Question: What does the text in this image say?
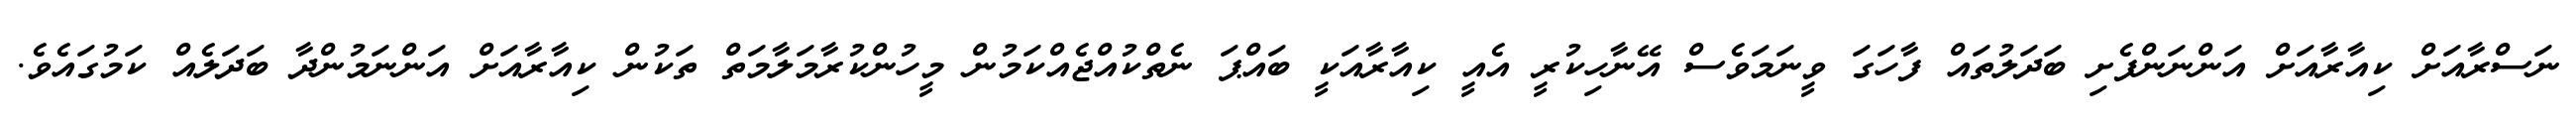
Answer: ނަސްރާއަށް ކިއާރާއަށް އަންނަންފެށި ބަދަލުތައް ފާހަގަ ވީނަމަވެސް އޭނާހިކުރީ އެއީ ކިއާރާއަކީ ބައްޕަ ނެތްކުއްޖެއްކަމުން މީހުންކުރާމަލާމަތް ތަކުން ކިއާރާއަށް އަންނަމުންދާ ބަދަލެއް ކަމުގައެވެ.